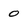
Character: 0